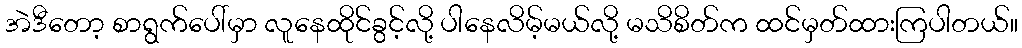
အဲဒီတော့ စာရွက်ပေါ်မှာ လူနေထိုင်ခွင့်လို့ ပါနေလိမ့်မယ်လို့ မသိစိတ်က ထင်မှတ်ထားကြပါတယ်။